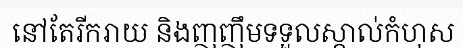
នៅតែរីករាយ និងញញឹមទទួលស្គាល់កំហុស